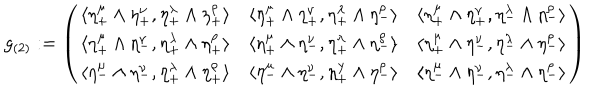
LaTeX: g _ { ( 2 ) } : = \left( \begin{array} { c c c } { { \langle \eta _ { + } ^ { \mu } \wedge \eta _ { + } ^ { \nu } , \eta _ { + } ^ { \lambda } \wedge \eta _ { + } ^ { \rho } \rangle } } & { { \langle \eta _ { + } ^ { \mu } \wedge \eta _ { + } ^ { \nu } , \eta _ { + } ^ { \lambda } \wedge \eta _ { - } ^ { \rho } \rangle } } & { { \langle \eta _ { + } ^ { \mu } \wedge \eta _ { + } ^ { \nu } , \eta _ { - } ^ { \lambda } \wedge \eta _ { - } ^ { \rho } \rangle } } \\ { { \langle \eta _ { + } ^ { \mu } \wedge \eta _ { - } ^ { \nu } , \eta _ { + } ^ { \lambda } \wedge \eta _ { + } ^ { \rho } \rangle } } & { { \langle \eta _ { + } ^ { \mu } \wedge \eta _ { - } ^ { \nu } , \eta _ { + } ^ { \lambda } \wedge \eta _ { - } ^ { \rho } \rangle } } & { { \langle \eta _ { + } ^ { \mu } \wedge \eta _ { - } ^ { \nu } , \eta _ { - } ^ { \lambda } \wedge \eta _ { - } ^ { \rho } \rangle } } \\ { { \langle \eta _ { - } ^ { \mu } \wedge \eta _ { - } ^ { \nu } , \eta _ { + } ^ { \lambda } \wedge \eta _ { + } ^ { \rho } \rangle } } & { { \langle \eta _ { - } ^ { \mu } \wedge \eta _ { - } ^ { \nu } , \eta _ { + } ^ { \lambda } \wedge \eta _ { - } ^ { \rho } \rangle } } & { { \langle \eta _ { - } ^ { \mu } \wedge \eta _ { - } ^ { \nu } , \eta _ { - } ^ { \lambda } \wedge \eta _ { - } ^ { \rho } \rangle } } \\ \end{array} \right)